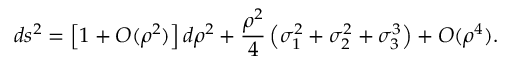
d s ^ { 2 } = \left[ 1 + O ( \rho ^ { 2 } ) \right] d \rho ^ { 2 } + \frac { \rho ^ { 2 } } { 4 } \left( \sigma _ { 1 } ^ { 2 } + \sigma _ { 2 } ^ { 2 } + \sigma _ { 3 } ^ { 3 } \right) + O ( \rho ^ { 4 } ) .